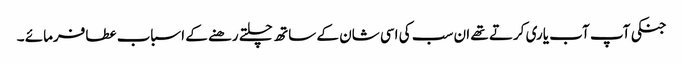
جنکی آپ آب یاری کرتے تھے ان سب کی اسی شان کے ساتھ چلتے رھنے کے اسباب عطافرمائے ۔